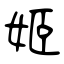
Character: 姬